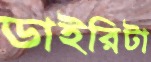
ডাইরিটা